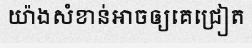
យ៉ាងសំខាន់អាចឲ្យគេជ្រៀត